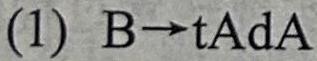
(1) $B \to tAdA$